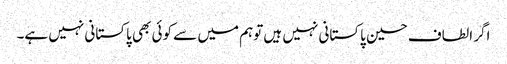
اگر الطاف حسین پاکستانی نہیں ہیں توہم میں سے کوئی بھی پاکستانی نہیں ہے۔